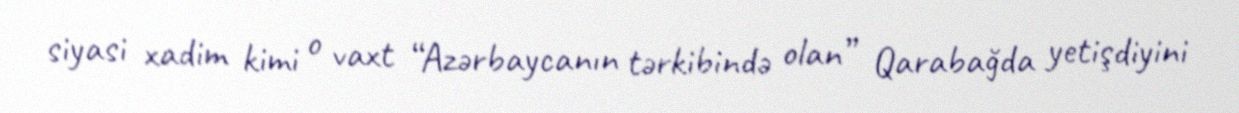
siyasi xadim kimi o vaxt “Azərbaycanın tərkibində olan” Qarabağda yetişdiyini